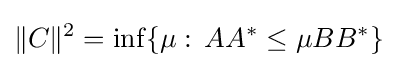
\Vert C\Vert ^{2}=\inf\{\mu :\,AA^{*}\leq \mu BB^{*}\}